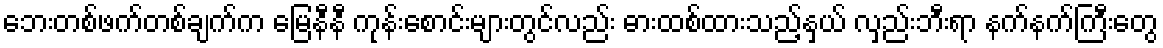
ဘေးတစ်ဖက်တစ်ချက်က မြေနီနီ ကုန်းစောင်းများတွင်လည်း ဓားထစ်ထားသည့်နှယ် လှည်းဘီးရာ နက်နက်ကြီးတွေ